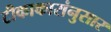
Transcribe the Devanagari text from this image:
टीकाकारांनुसार